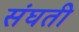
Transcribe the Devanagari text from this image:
संघती